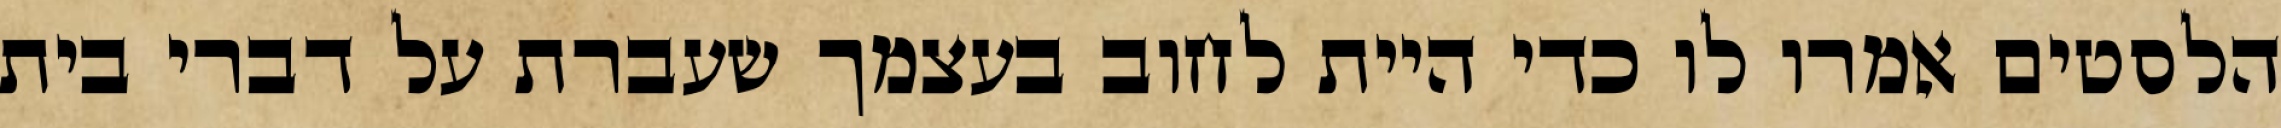
הלסטים אמרו לו כדי היית לחוב בעצמך שעברת על דברי בית